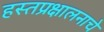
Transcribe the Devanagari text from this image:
हस्तप्रक्षालनाचे